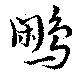
鷴